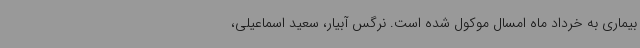
بیماری به خرداد ماه امسال موکول شده است. نرگس آبیار، سعید اسماعیلی،